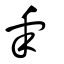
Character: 睾